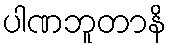
ပါဏဘူတာနိ